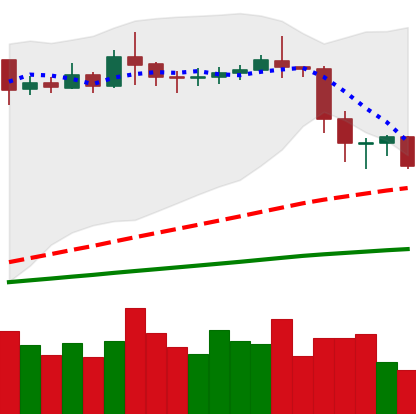
Ticker: ETC-USD
Chart end date: 2020-02-19
Forward return: 5.227%
Label: up_5_7